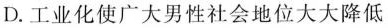
D.工业化使广大男性社会地位大大降低